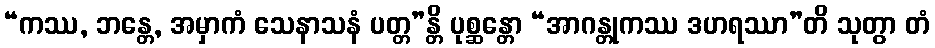
“ကဿ, ဘန္တေ, အမှာကံ သေနာသနံ ပတ္တ”န္တိ ပုစ္ဆန္တော “အာဂန္တုကဿ ဒဟရဿာ”တိ သုတွာ တံ